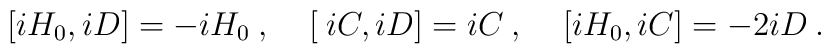
[iH_0,iD] = -iH_0 \:,\:\:\:\:\:[\:iC,iD] =  i C \:, \:\:\:\:\:[iH_0,iC] = -2iD \:.